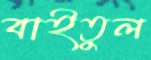
বাইতুল